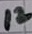
Text: 12